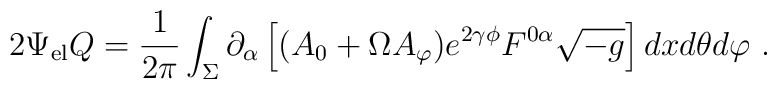
2 \Psi_{\rm el} Q =\frac{1}{2\pi}  \int_\Sigma  \partial_\alpha \left[ ( A_0 + \Omega A_\varphi )  e^{2 \gamma \phi} F^{0\alpha} \sqrt{-g}  \right] dx d\theta d\varphi\ .